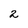
Character: 2